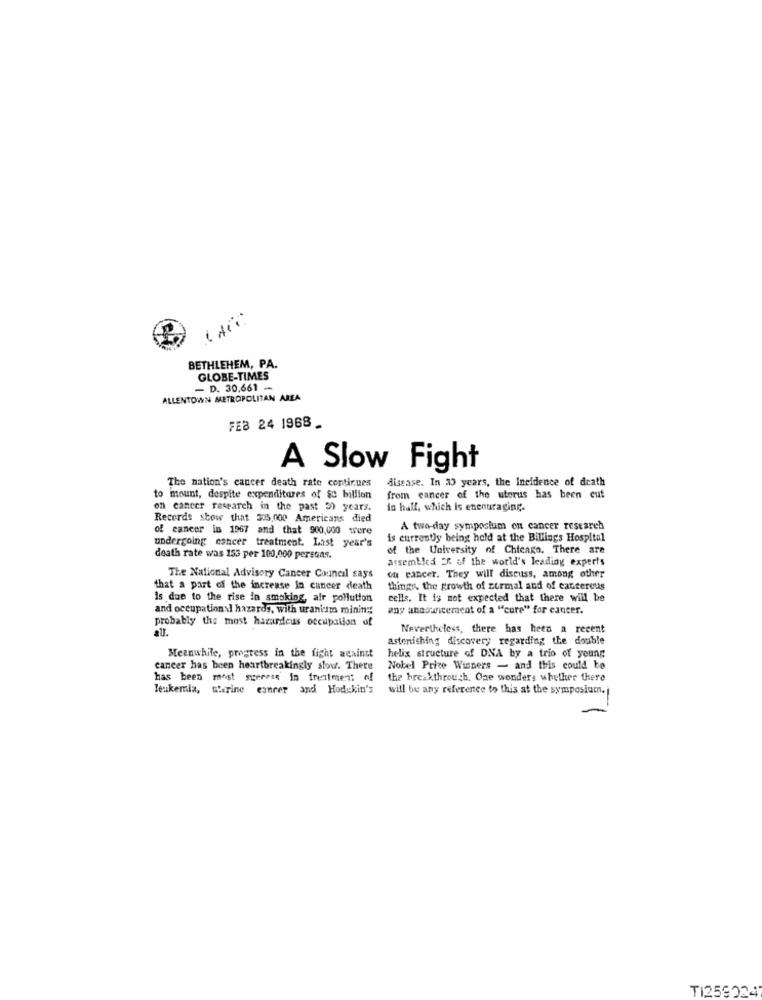
I dit
BETHLEHEM, PA.
GLOBE-TIMES
- D. 30,661 -
ALLENTOWN METROPOLITAN AREA
FEB 24 1968
A Slow Fight
The nation's cancer death rate continues
disease. In 30 years, the Incidence of death
mount, despite expenditures of $c billion
from cancer of the uterus has been cut
on cancer research in the past 5) years.
in hall, which is encouraging.
Records stow that 335,000 Americans died
of cancer in 1967 and that 900,000 were
A two-day symposium on cancer research
is currently being held at the Billings Hospital
undergoing cancer treatment. Last year's
of the University of Chicago. There are
death rate was 153 per 100,000 persons.
assembled ER of the world's leading experts
The National Advisory Cancer Council says
on cancer. They will discuss, among other
that a part of the increase la cancer death
things, the growth of zermal and of cancerous
Is due to the rise In smoking, air pollution
cells. It is not expected that there will be
and occupational hazards, with uranium mining
any announcement of a "cure" for cancer.
probably the most hazardeus occupation of
all.
Nevertheless, there has heen a recent
astonishing discovery regarding the double
Meanwhile, progress in the fight against
helix structure of DNA by a trio of young
cancer has been heartbreakingly slow. There
Nobel Prize Winners - and this could be
has been most spercie in treatment of
the breakthrough. One wonders whether there
leukemia, therine cancer and Hodgkin's
will be any reference to this at the symposium.
TI2590247